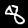
Label: 8